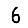
Digit: 6